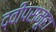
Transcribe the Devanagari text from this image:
द्वीपसमूहा